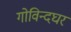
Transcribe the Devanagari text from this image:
गोविन्दघर